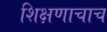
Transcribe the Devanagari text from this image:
शिक्षणाचाच